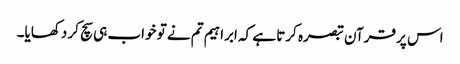
اس پر قرآن تبصرہ کرتا ہے کہ ابراہیم تم نے تو خواب ہی سچ کر دکھایا۔